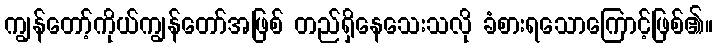
ကျွန်တော့်ကိုယ်ကျွန်တော်အဖြစ် တည်ရှိနေသေးသလို ခံစားရသောကြောင့်ဖြစ်၏။